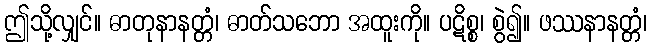
ဤသို့လျှင်။ ဓာတုနာနတ္တံ၊ ဓာတ်သဘော အထူးကို။ ပဋိစ္စ၊ စွဲ၍။ ဖဿနာနတ္တံ၊